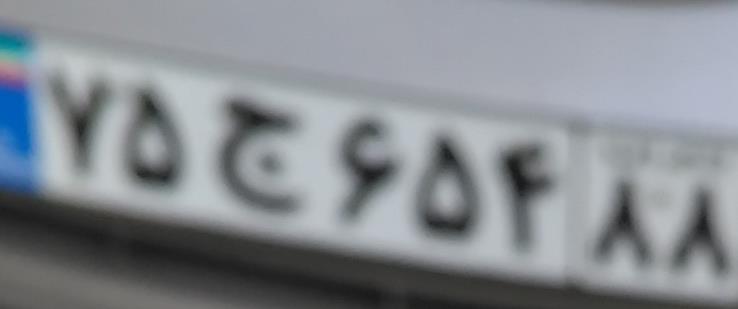
۷۵ج۶۵۴۸۸